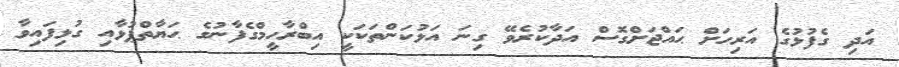
އަދި ގެފުޅުގެ އަރިހަށް ޙައްޖަށްގޮސް އަދާކުރެވޭ ގިނަ އަޅުކަންތަކަކީ އިބްރާހީމްގެފާނުގެ ޙަޔާތްޕުޅާއި ގުޅިފައިވާ